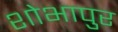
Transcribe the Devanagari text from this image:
शोभापुर